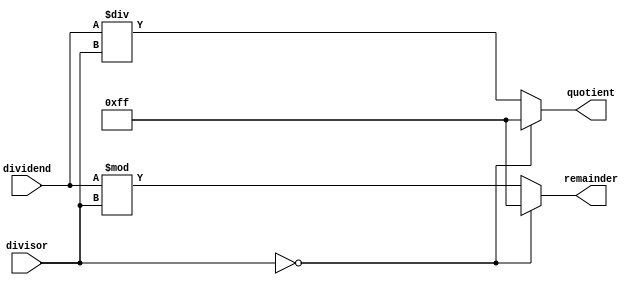
module Asynchronous_Divider (
    input wire [7:0] dividend,
    input wire [7:0] divisor,
    output reg [7:0] quotient,
    output reg [7:0] remainder
);

// Check for divide by zero
always @(*) begin
    if (divisor == 0) begin
        quotient <= 8'hFF; // Set quotient to maximum value
        remainder <= 8'hFF; // Set remainder to maximum value
    end else begin
        // Perform division operation using arithmetic blocks
        quotient <= dividend / divisor;
        remainder <= dividend % divisor;
    end
end

endmodule